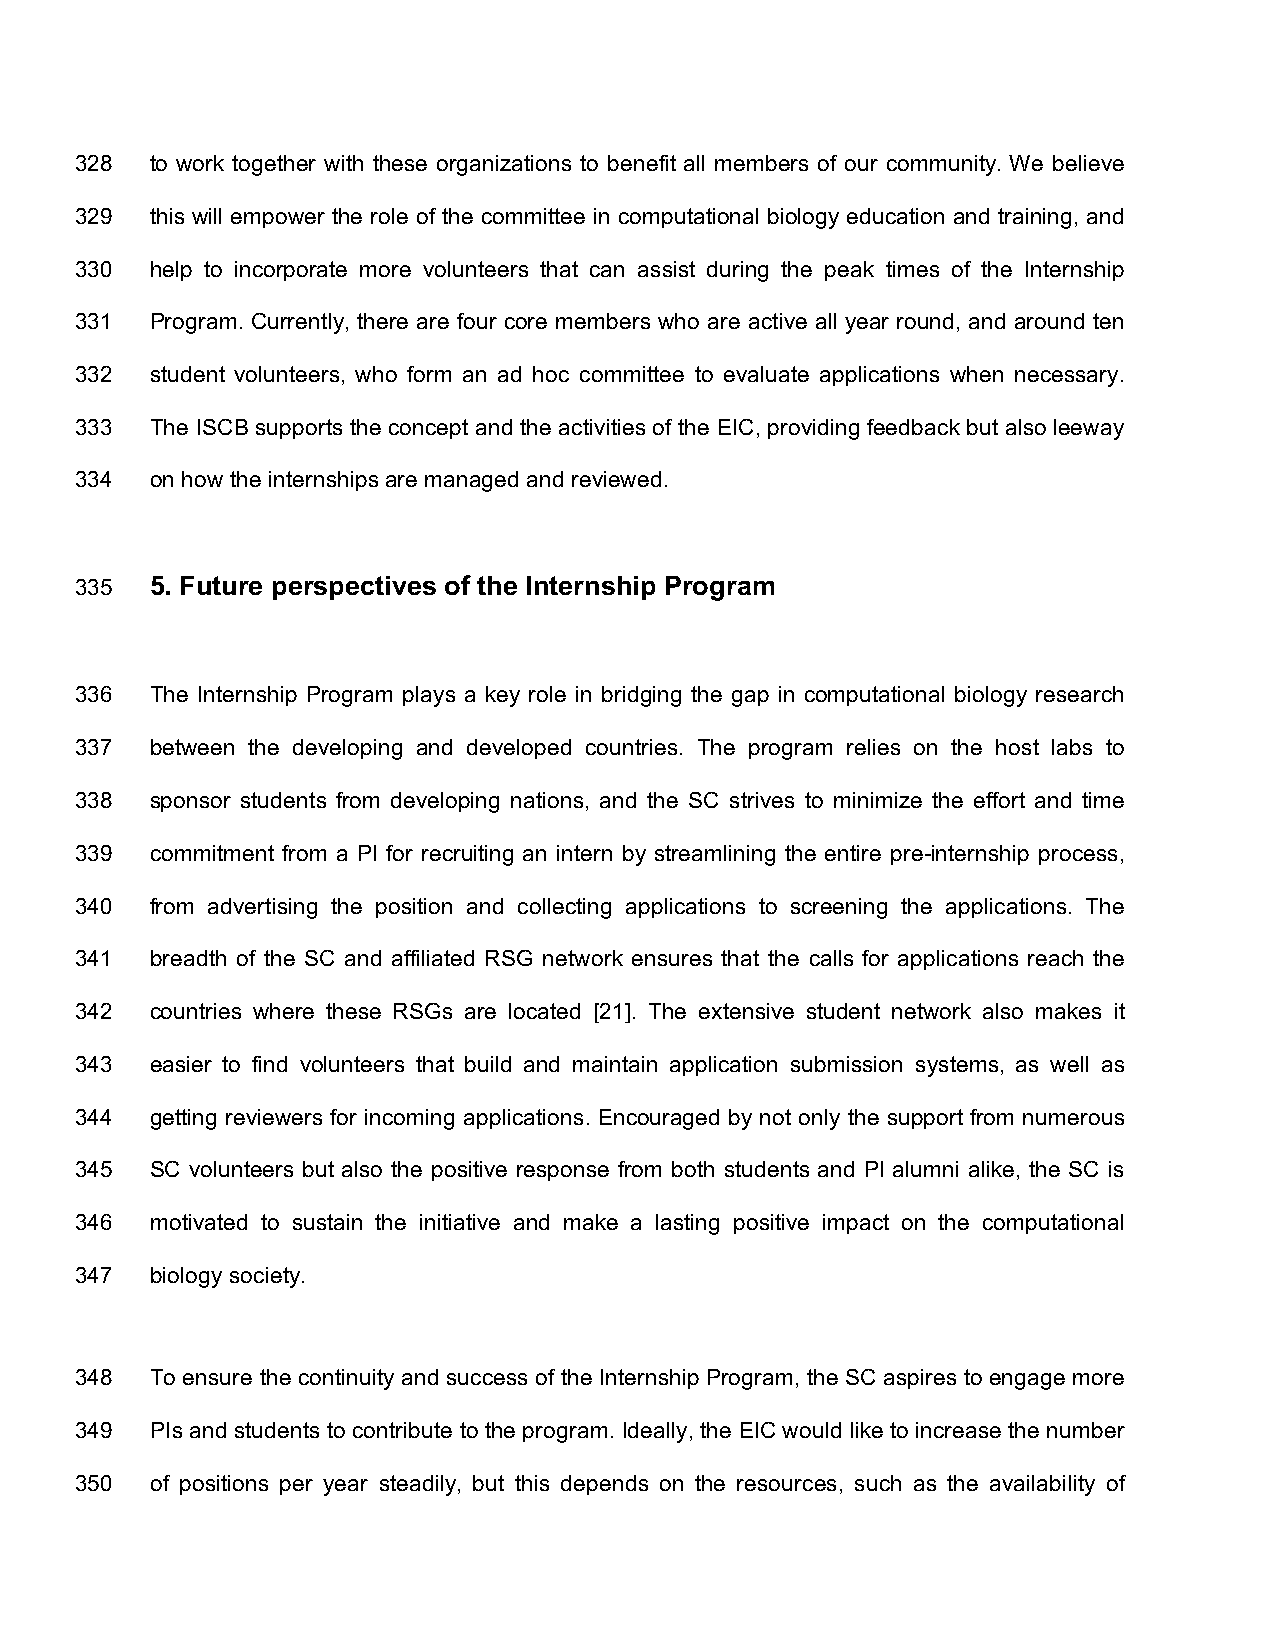
328  to work together with these organizations to benefit all members of our community. We believe
 329  this will empower the role of the committee in computational biology education and training, and
 330  help to incorporate more volunteers that can assist during the peak times of the Internship
 331  Program. Currently, there are four core members who are active all year round, and around ten
 332  student volunteers, who form an ad hoc committee to evaluate applications when necessary.
 333  The ISCB supports the concept and the activities of the EIC, providing feedback but also leeway
 334  on how the internships are managed and reviewed.
 335  5. Future perspectives of the Internship Program
 336  The Internship Program plays a key role in bridging the gap in computational biology research
 337  between the developing and developed countries. The program relies on the host labs to
 338  sponsor students from developing nations, and the SC strives to minimize the effort and time
 339  commitment from a PI for recruiting an intern by streamlining the entire pre-internship process,
 340  from advertising the position and collecting applications to screening the applications. The
 341  breadth of the SC and affiliated RSG network ensures that the calls for applications reach the
 342  countries where these RSGs are located [21]. The extensive student network also makes it
 343  easier to find volunteers that build and maintain application submission systems, as well as
 344  getting reviewers for incoming applications. Encouraged by not only the support from numerous
 345  SC volunteers but also the positive response from both students and PI alumni alike, the SC is
 346  motivated to sustain the initiative and make a lasting positive impact on the computational
 347  biology society.
 348  To ensure the continuity and success of the Internship Program, the SC aspires to engage more
 349  PIs and students to contribute to the program. Ideally, the EIC would like to increase the number
 350  of positions per year steadily, but this depends on the resources, such as the availability of